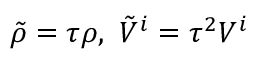
\tilde { \rho } = \tau \rho , ~ \tilde { V } ^ { i } = \tau ^ { 2 } V ^ { i }